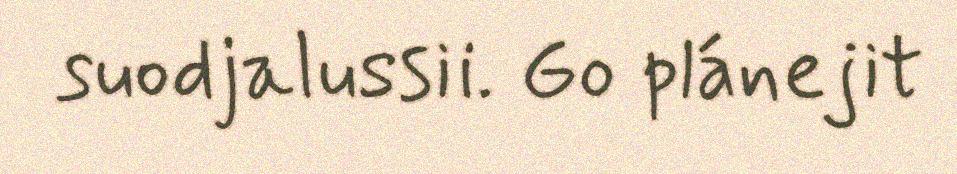
suodjalussii. Go plánejit